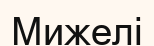
Мижелі